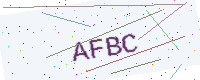
Text: AFBC